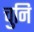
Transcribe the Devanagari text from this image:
चुनि